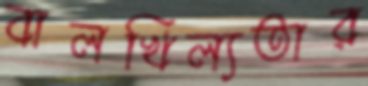
বালখিল্যতার